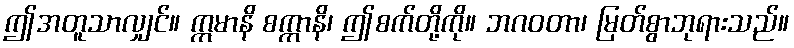
ဤအတူသာလျှင်။ ဣမာနိ စက္ကာနိ၊ ဤစက်တို့ကို။ ဘဂဝတာ၊ မြတ်စွာဘုရားသည်။